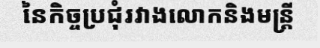
នៃកិច្ចប្រជុំរវាងលោកនិងមន្ត្រី